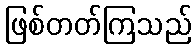
ဖြစ်တတ်ကြသည်